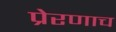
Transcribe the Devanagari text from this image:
प्रेरणाच